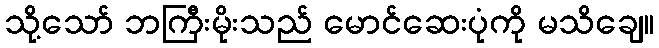
သို့သော် ဘကြီးမိုးသည် မောင်ဆေးပုံကို မသိချေ။